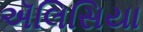
ઍલિસિયા